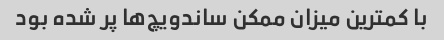
با کمترین میزان ممکن ساندویچ‌ها پر شده بود